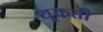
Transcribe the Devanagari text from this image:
थूकती